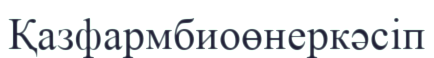
Қазфармбиоөнеркәсіп